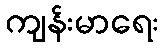
ကျန်းမာရေး